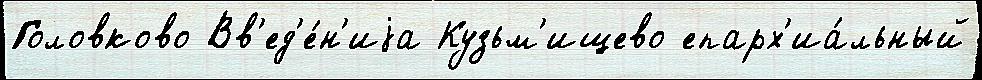
Головково Вв'ед'е́н'иjа Кузьм'ищево епарх'иа́льный